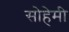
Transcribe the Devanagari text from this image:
सोहेमी